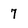
Character: 7